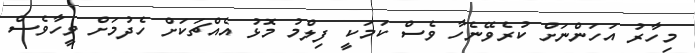
މިހާރު އަހަންނަށް ކުރެވޭނެހާ ވެސް ކަމަކީ ފިލްމު މޮޅު އެއްޗަކަށް ހެދުމަށް ވީހާވެސް